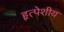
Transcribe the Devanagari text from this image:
हृत्पेशीय